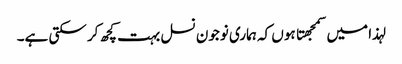
لہذا میں سمجهتا ہوں کہ ہماری نوجون نسل بہت کچھ کر سکتی ہے۔